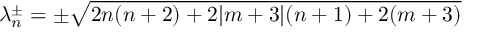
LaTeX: \lambda _ { n } ^ { \pm } = \pm \sqrt { 2 n ( n + 2 ) + 2 \vert m + 3 \vert ( n + 1 ) + 2 ( m + 3 ) }